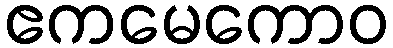
ဧကမေကောဝ